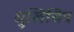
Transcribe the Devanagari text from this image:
धुलिचित्र